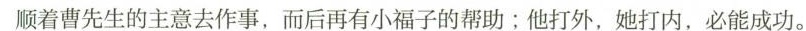
顺着曹先生的主意去作事，而后再有小福子的帮助；他打外，她打内，必能成功。